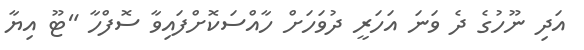
އަދި ނޫހުގެ ދެ ވަނަ އަހަރީ ދުވަހަށް ހާއްސަކޮށްފައިވާ ސޮފްހާ "ޓޫ އިޔާ